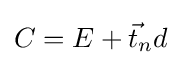
C=E+{\vec {t}}_{n}d